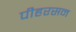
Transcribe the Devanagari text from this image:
पीहरसन